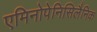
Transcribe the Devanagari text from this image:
एमिनोपेनिसिलैनिक